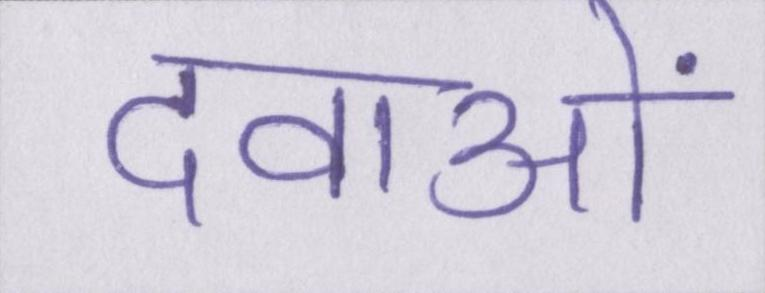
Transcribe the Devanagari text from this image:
दवाओं